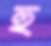
হু